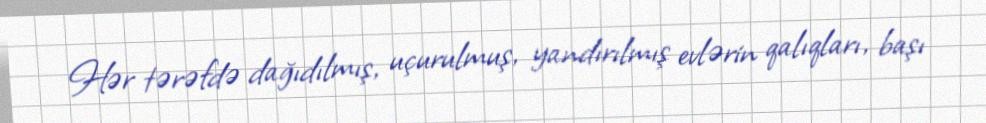
Hər tərəfdə dağıdılmış, uçurulmuş, yandırılmış evlərin qalıqları, başı